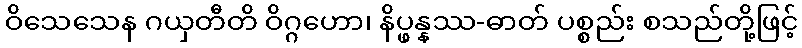
ဝိသေသေန ဂယှတီတိ ဝိဂ္ဂဟော၊ နိပ္ဖန္နဿ-ဓာတ် ပစ္စည်း စသည်တို့ဖြင့်